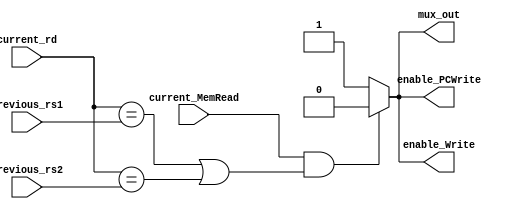
module Hazard_Detection
(
    input [4:0] current_rd, previous_rs1, previous_rs2,
    input current_MemRead,
    output reg mux_out,
    output reg enable_Write, enable_PCWrite
);

always @(*) begin
    // Hazard detection logic
    if (current_MemRead && (current_rd == previous_rs1 || current_rd == previous_rs2)) begin
        // Hazard detected: Set control signals accordingly
        mux_out = 0;             //NO the multiplexer output
        enable_Write = 0;       // no write to the next pipeline stage
        enable_PCWrite = 0;    // no PC write
    end else begin
        // No hazard detected: Set control signals accordingly
        mux_out = 1;             // Enable the multiplexer output
        enable_Write = 1;       // Enable write to the next pipeline stage
        enable_PCWrite = 1;    // Enable PC write
    end
end

endmodule